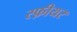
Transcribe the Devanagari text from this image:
स्फ़ीयर